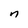
Character: n